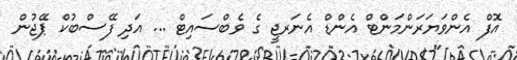
އޮފް އެންވަޔަރަންމަންޓް އެންޑް އެނަރޖީ ގެ ވެބްސައިޓް ... އަދި ފޭސްބުކް ޕޭޖުން